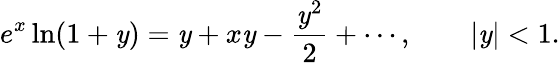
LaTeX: e^{x}\ln(1+\mathit{y})=\mathit{y}+x\mathit{y}-{\frac{{\mathit{y}^{2}}}{{2}}}+\cdots,\qquad|\mathit{y}|<1.